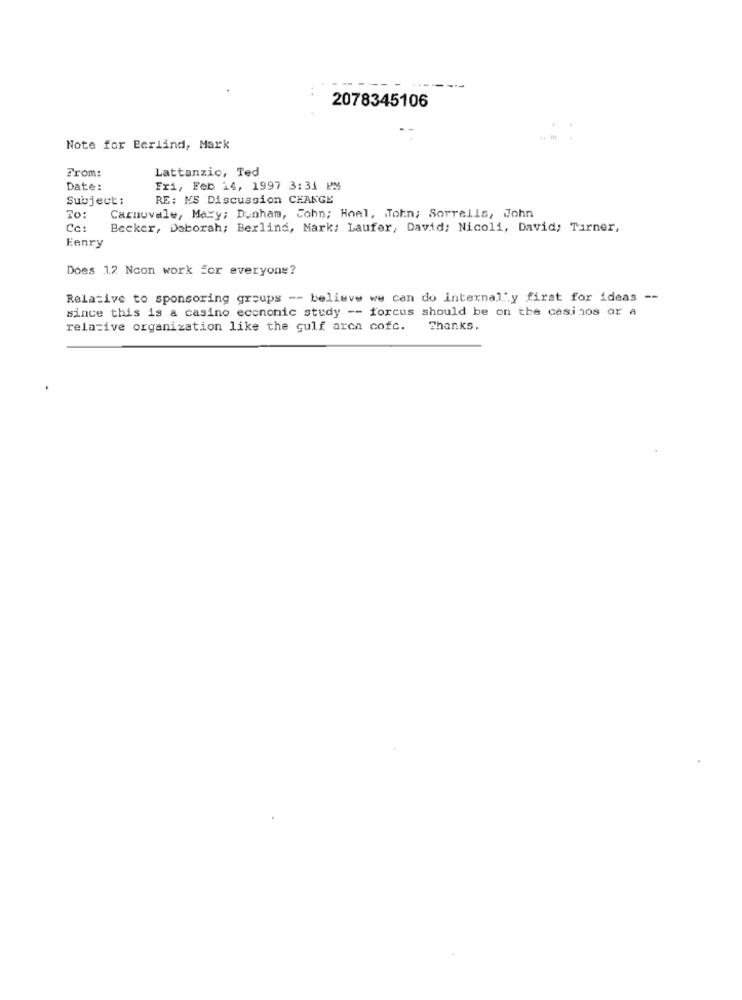
2078345106
Note for Berlind, Mark
From:
Lattanzio, Ted
Date:
Fri, Feb 14, 1997 3:31 PM
Subject:
RE: NS Discussion CHANGE
Carnovale, Maxy; Dunham, Cohn; Hoel, John; Sorrells, John
Cc:
Becker, Deborah; Berlind, Mark: Laufer, David; Nicoli, David; Turner,
Eenry
Does 12 Ncon work for everyone?
Relative to sponsoring groups -- believe we can do internal" y first for ideas --
since this is a casino eccnonic study -- forcus should be on the casinos or a
relative organization like the gulf arca cofc.
Thanks.